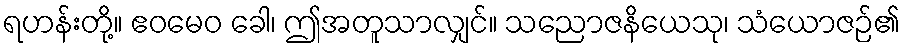
ရဟန်းတို့။ ဧဝမေဝ ခေါ၊ ဤအတူသာလျှင်။ သညောဇနိယေသု၊ သံယောဇဉ်၏